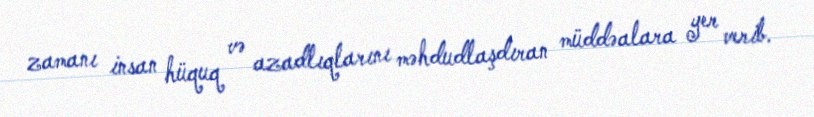
zamanı insan hüquq və azadlıqlarını məhdudlaşdıran müddəalara yer verib.